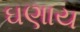
ઘણાય